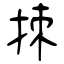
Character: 拺